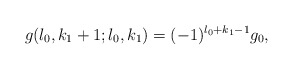
\begin{align*}g(l_{0},k_{1}+1;l_{0},k_{1})= (-1)^{l_{0}+k_{1}-1} g_{0},\end{align*}